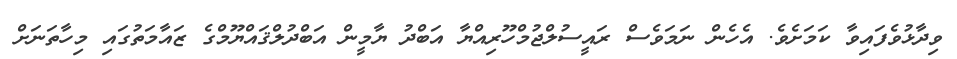
ވިދާޅުވެފައިވާ ކަމަށެވެ. އެހެން ނަމަވެސް ރައީސުލްޖުމްހޫރިއްޔާ އަބްދު ޔާމީން އަބްދުލްޤައްޔޫމްގެ ޒައާމަތުގައި މިހާތަނަށް